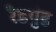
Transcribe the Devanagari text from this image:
रैडगुंड